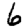
Digit: 6